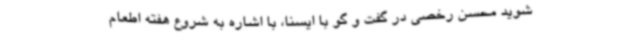
شوید محسن رخصی در گفت و گو با ایسنا، با اشاره به شروع هفته اطعام